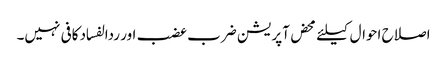
اصلاح احوال کیلئے محض آپریشن ضرب عضب اور ردالفساد کافی نہیں۔